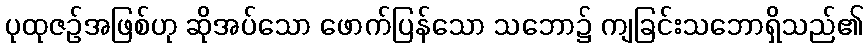
ပုထုဇဉ်အဖြစ်ဟု ဆိုအပ်သော ဖောက်ပြန်သော သဘော၌ ကျခြင်းသဘောရှိသည်၏